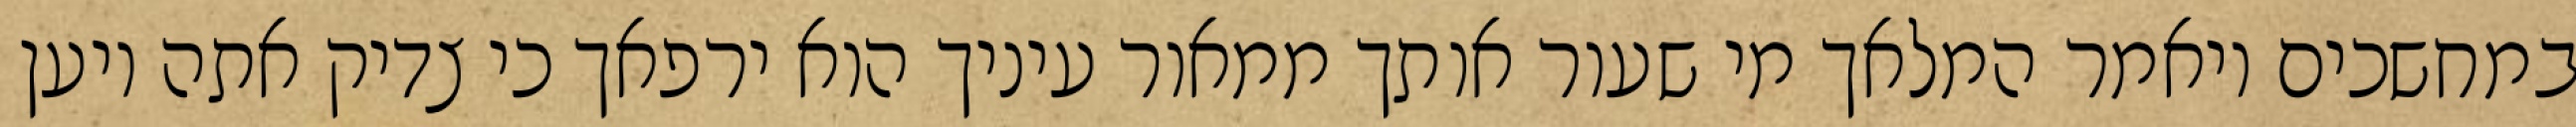
במחשכים ויאמר המלאך מי שעור אותך ממאור עיניך הוא ירפאך כי צדיק אתה ויען